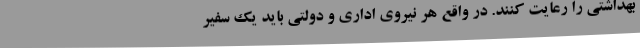
بهداشتی را رعایت کنند. در واقع هر نیروی اداری و دولتی باید یک سفیر